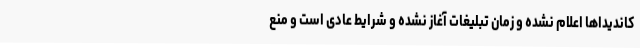
کاندیداها اعلام نشده و زمان تبلیغات آغاز نشده و شرایط عادی است و منع